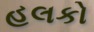
હલકો